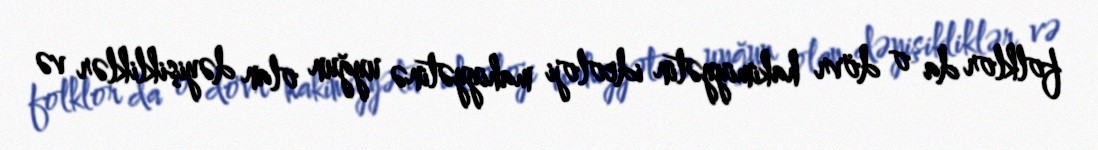
folklor da o dövr hakimiyyətin ideoloji mahiyyətinə uyğun olan dəyişikliklər və